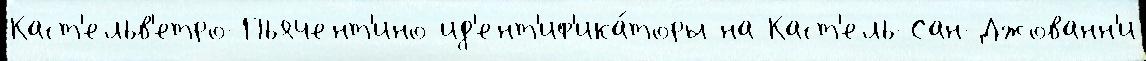
Каст'ельв'етро-Пьячент'ино ид'ент'иф'ика́торы на Каст'ель-Сан-Джованн'и